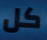
كل